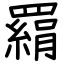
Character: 羂